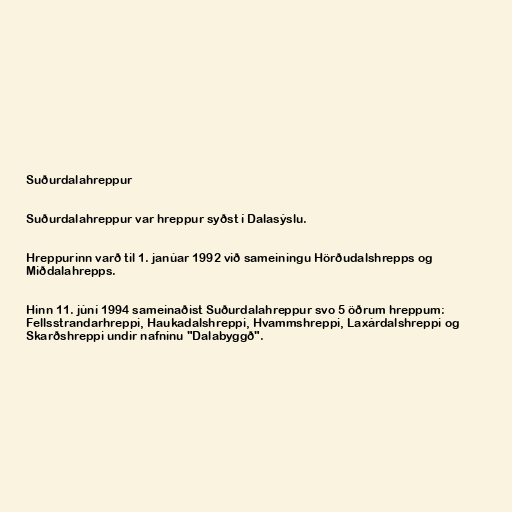
Suðurdalahreppur

Suðurdalahreppur var hreppur syðst í Dalasýslu.

Hreppurinn varð til 1. janúar 1992 við sameiningu Hörðudalshrepps og
Miðdalahrepps.

Hinn 11. júní 1994 sameinaðist Suðurdalahreppur svo 5 öðrum hreppum:
Fellsstrandarhreppi, Haukadalshreppi, Hvammshreppi, Laxárdalshreppi og
Skarðshreppi undir nafninu "Dalabyggð".